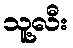
သူ့လီး